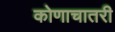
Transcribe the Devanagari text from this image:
कोणाचातरी